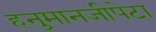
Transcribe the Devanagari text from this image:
हनु्मानजीपेटा